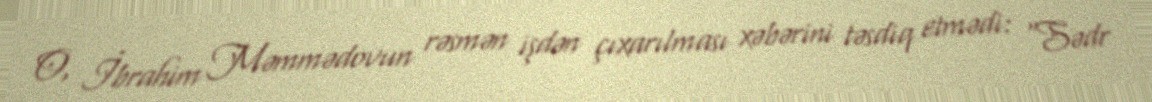
O, İbrahim Məmmədovun rəsmən işdən çıxarılması xəbərini təsdiq etmədi: "Sədr